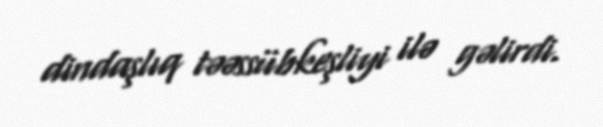
dindaşlıq təəssübkeşliyi ilə gəlirdi.